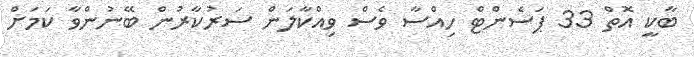
ބާކީ އޮތް 33 ޕަސެންޓް ހިއްސާ ވެސް ވިއްކާލަން ސަރުކާރުން ބޭނުންވާ ކަމަށް